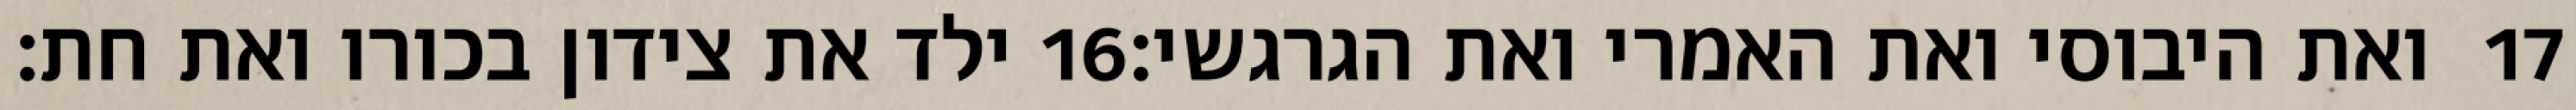
ילד את צידון בכורו ואת חת׃ ‎16‏ ואת היבוסי ואת האמרי ואת הגרגשי׃ ‎17‏